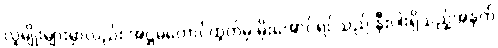
လူမျိုးများမှာလည်း အဋ္ဌမတောင်ထွတ်မှ မိုးအောင်ရင်သည် နီးပါးရှိသည့်အနက်